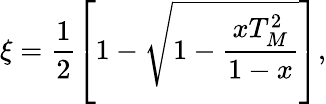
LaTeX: \xi=\frac{1}{2}\left[1-\sqrt{1-\frac{xT_{M}^{2}}{1-x}}\right],